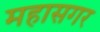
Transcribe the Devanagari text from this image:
महासगर